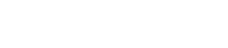
ဂဟပတိမဟာသာလကုလေ